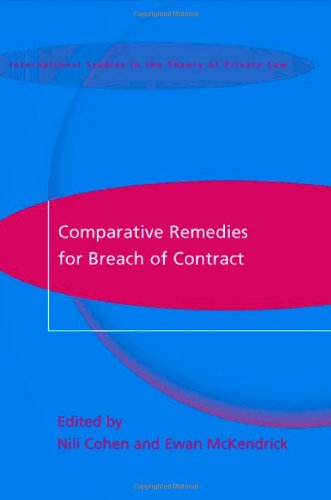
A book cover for Comparative Remedies for Breach of Contract (International Studies in the Theory of Private Law); Law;